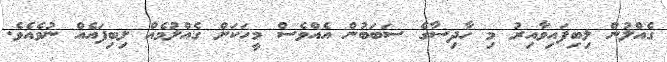
ގެއްލުން ލިބިފައިވާއިރު މި ހާދިސާގެ ސަބަބުން އެއްވެސް މީހަކަށް ގެއްލުމެއް ލިބިފައެއް ނުވެއެވެ.